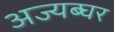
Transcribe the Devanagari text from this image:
अज्यब्घर